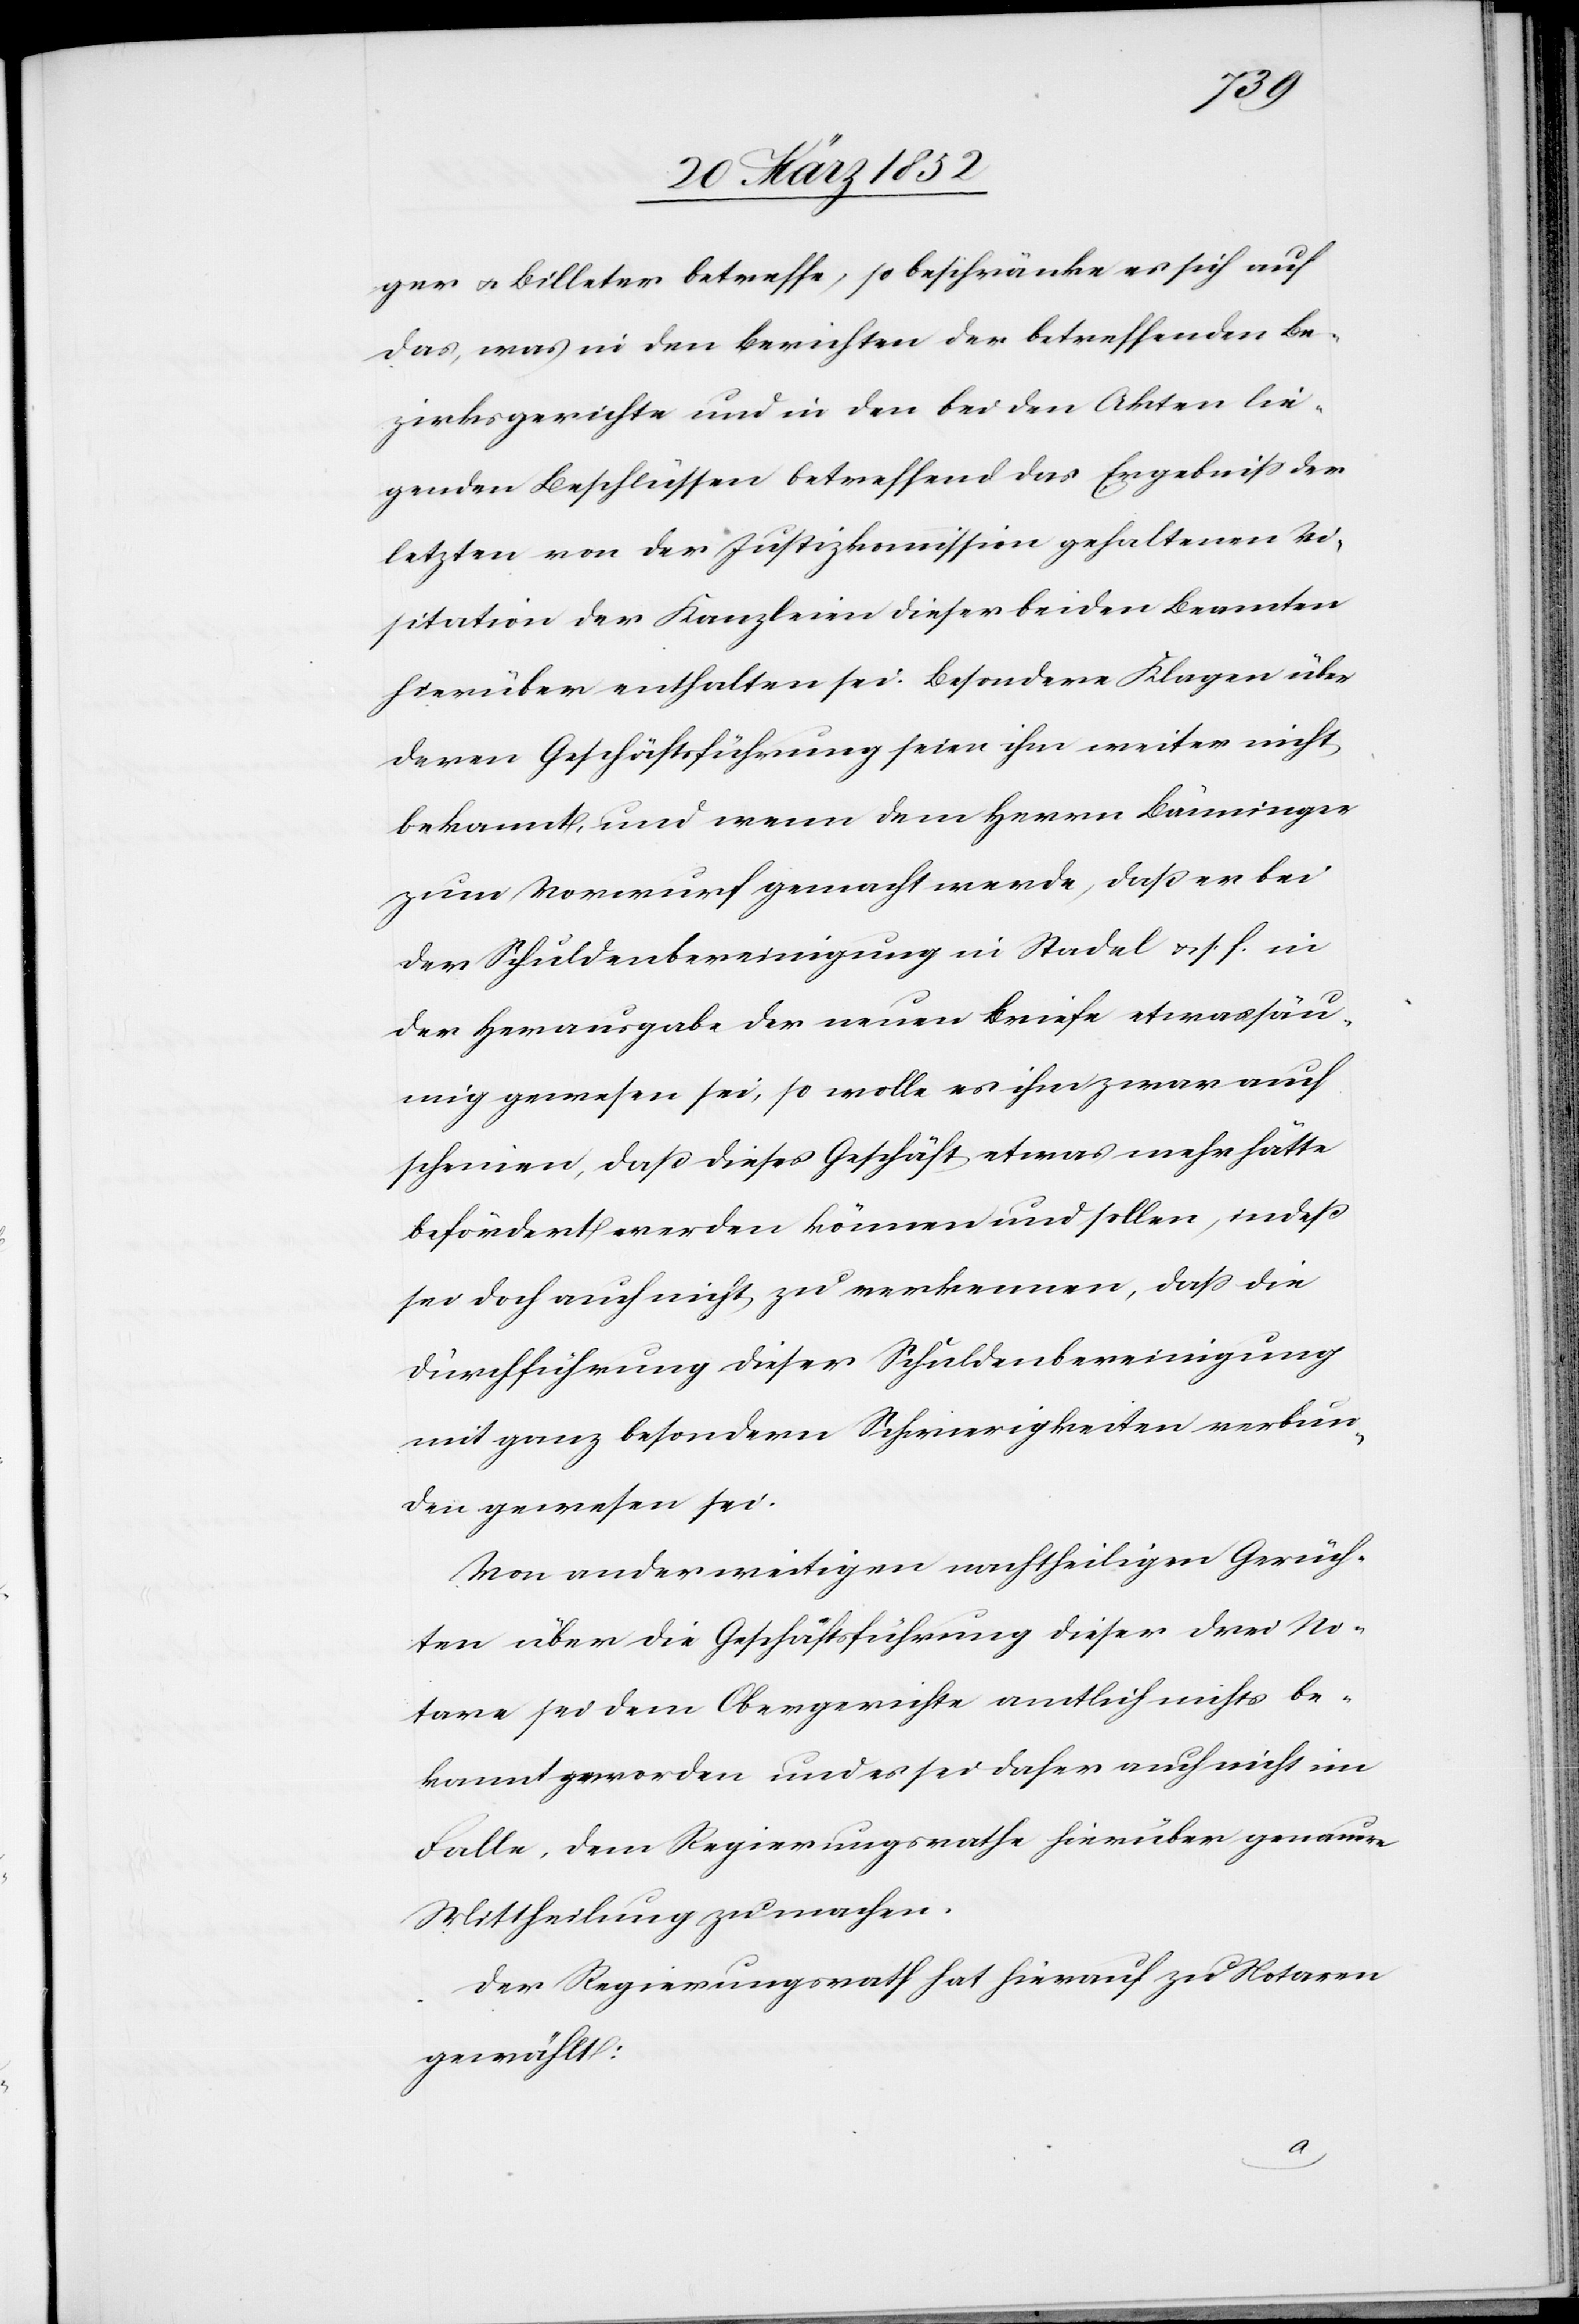
ger u. Billeter betreffe, so beschränke es sich auf
das, was in den Berichten der betreffenden Be¬
zirksgerichte und in den bei den Akten lie¬
genden Beschlüssen betreffend das Ergebniß der
letzten von der Justizkommission gehaltenen Vi¬
sitation der Kanzleien dieser beiden Beamten
hierüber enthalten sei. Besondere Klagen über
deren Geschäftsführung seien ihm weiter nicht
bekannt, und wenn dem Herrn Bänninger
zum Vorwurf gemacht werde, daß er bei
der Schuldenbereinigung in Stadel u. s. f. in
der Herausgabe der neuen Briefe etwas säu¬
mig gewesen sei, so wolle es ihm zwar auch
scheinen, daß dieses Geschäft etwas mehr hätte
befördert werden können und sollen, indeß
sei doch auch nicht zu verkennen, daß die
Durchführung dieser Schuldenbereinigung
mit ganz besondern Schwierigkeiten verbun¬
den gewesen sei.
Von anderweitigen nachtheiligen Gerüch¬
ten über die Geschäftsführung dieser drei No¬
tare sei dem Obergerichte amtlich nichts be¬
kannt geworden und es sei daher auch nicht im
Falle, dem Regierungsrathe hierüber genauer
Mittheilung zu machen.
Der Regierungsrath hat hierauf zu Notaren
gewählt: